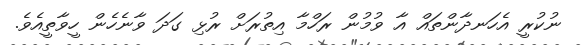
ނުކުރީ އެހަނދާންތައް އާ ވުމުން ރަހްމާ އިތުރަށް ރުޅި ގަދަ ވާނެހެން ހީވާތީއެވެ.